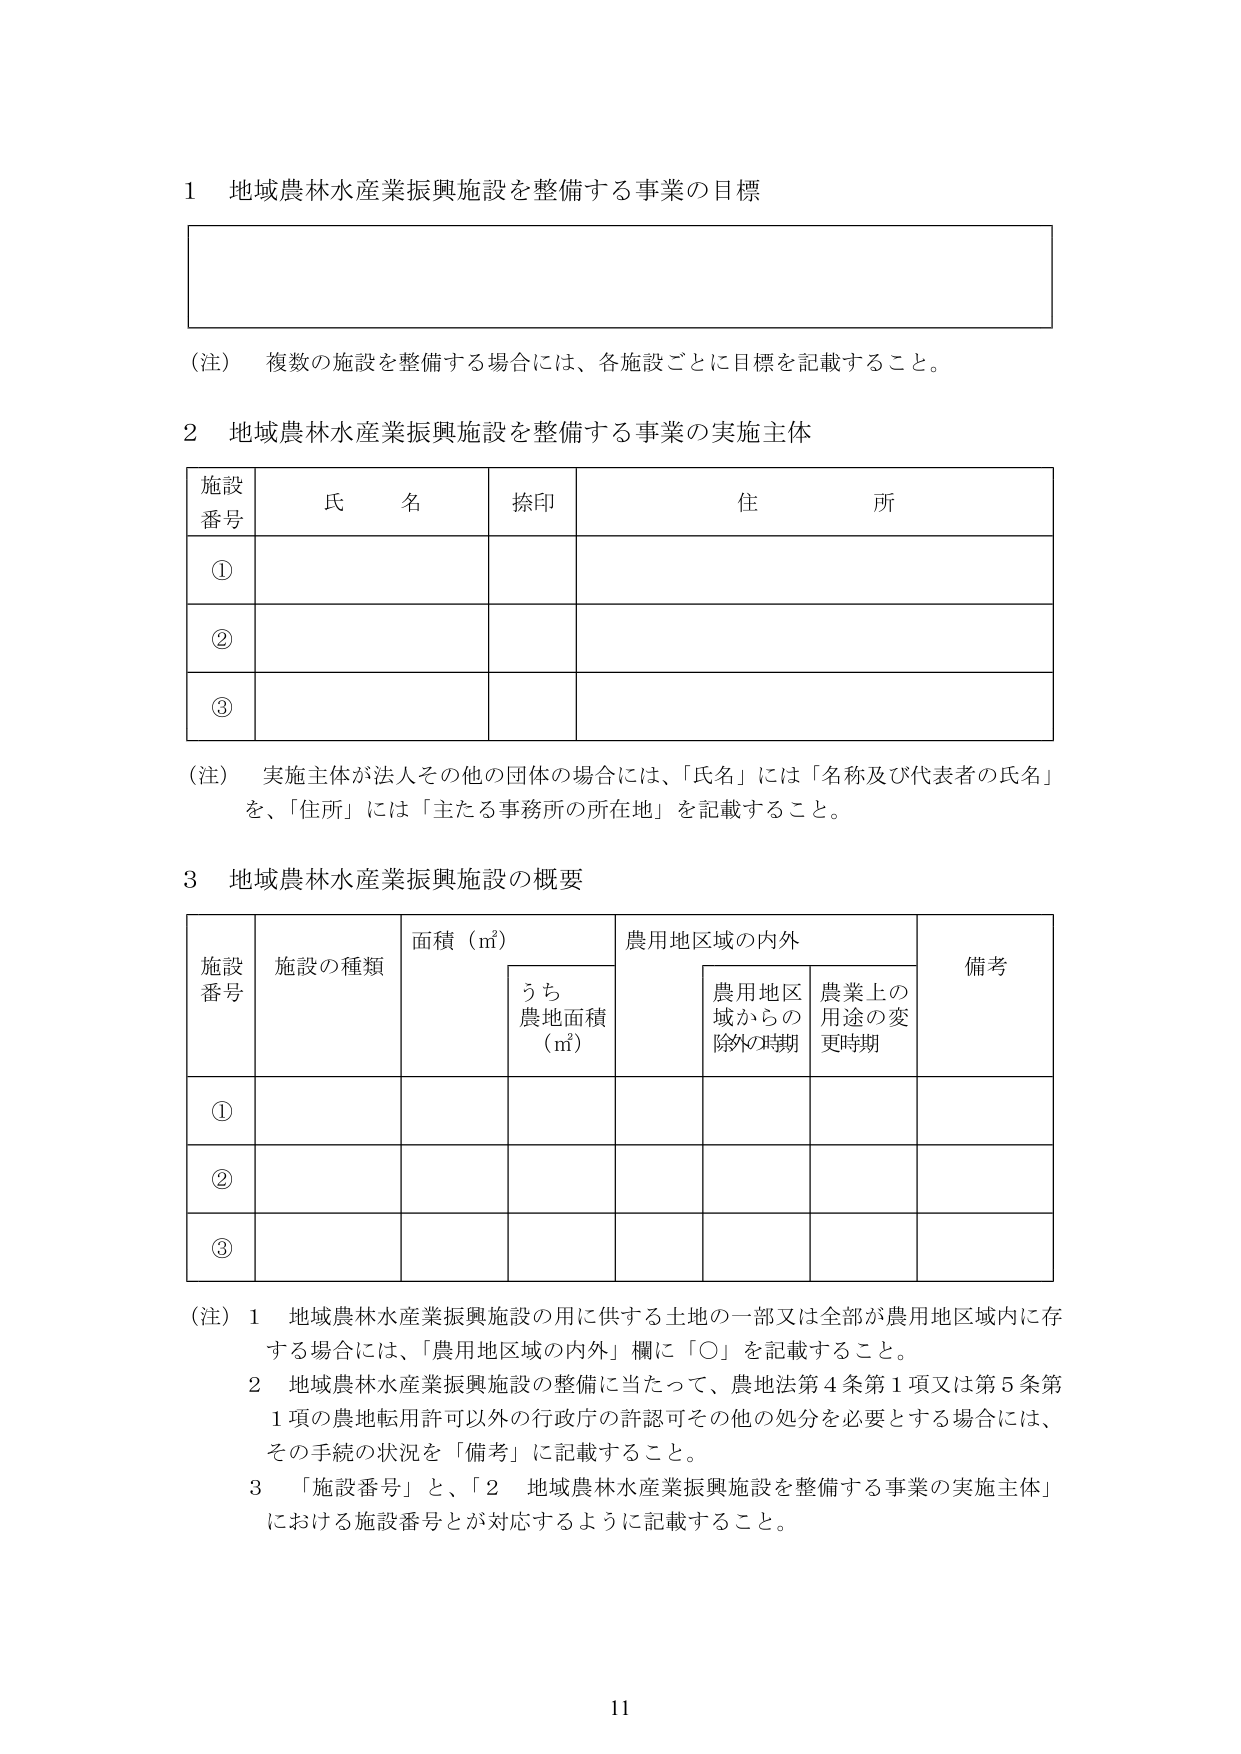
1 地域農林水産業振興施設を整備する事業の目標

（注） 複数の施設を整備する場合には、各施設ごとに目標を記載すること。

2 地域農林水産業振興施設を整備する事業の実施主体

施設番号　氏名　捺印　住所

①

②

③

（注） 実施主体が法人その他の団体の場合には、「氏名」には「名称及び代表者の氏名」を、「住所」には「主たる事務所の所在地」を記載すること。

3 地域農林水産業振興施設の概要

施設番号　施設の種類　面積（㎡）　農用地区域の内外　備考

　　　　　　　　　　　うち農地面積（㎡）　農用地区域からの除外の時期　農業上の用途の変更時期

①

②

③

（注） 1 地域農林水産業振興施設の用に供する土地の一部又は全部が農用地区域内に存する場合には、「農用地区域の内外」欄に「○」を記載すること。

　　　2 地域農林水産業振興施設の整備に当たって、農地法第4条第1項又は第5条第1項の農地転用許可以外の行政庁の許認可その他の処分を必要とする場合には、その手続の状況を「備考」に記載すること。

　　　3 「施設番号」と、「2 地域農林水産業振興施設を整備する事業の実施主体」における施設番号とが対応するように記載すること。

11